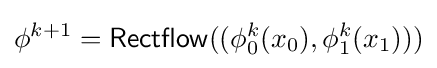
\phi ^{k+1}={\mathsf {Rectflow}}((\phi _{0}^{k}(x_{0}),\phi _{1}^{k}(x_{1})))